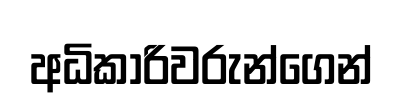
අධිකාරිවරුන්ගෙන්